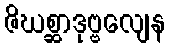
ဇိဃစ္ဆာဒုဗ္ဗလျေန